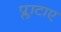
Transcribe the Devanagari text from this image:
प्लाटाए